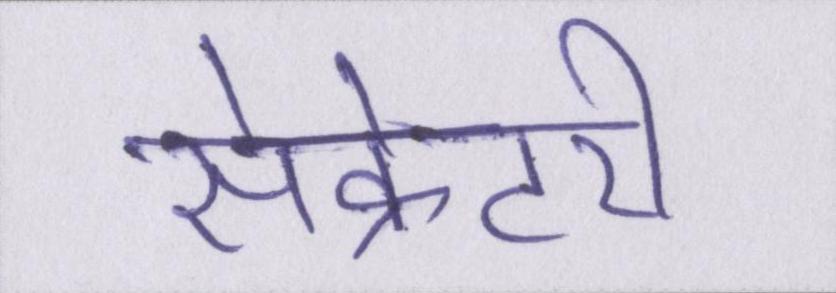
सेक्रेटरी